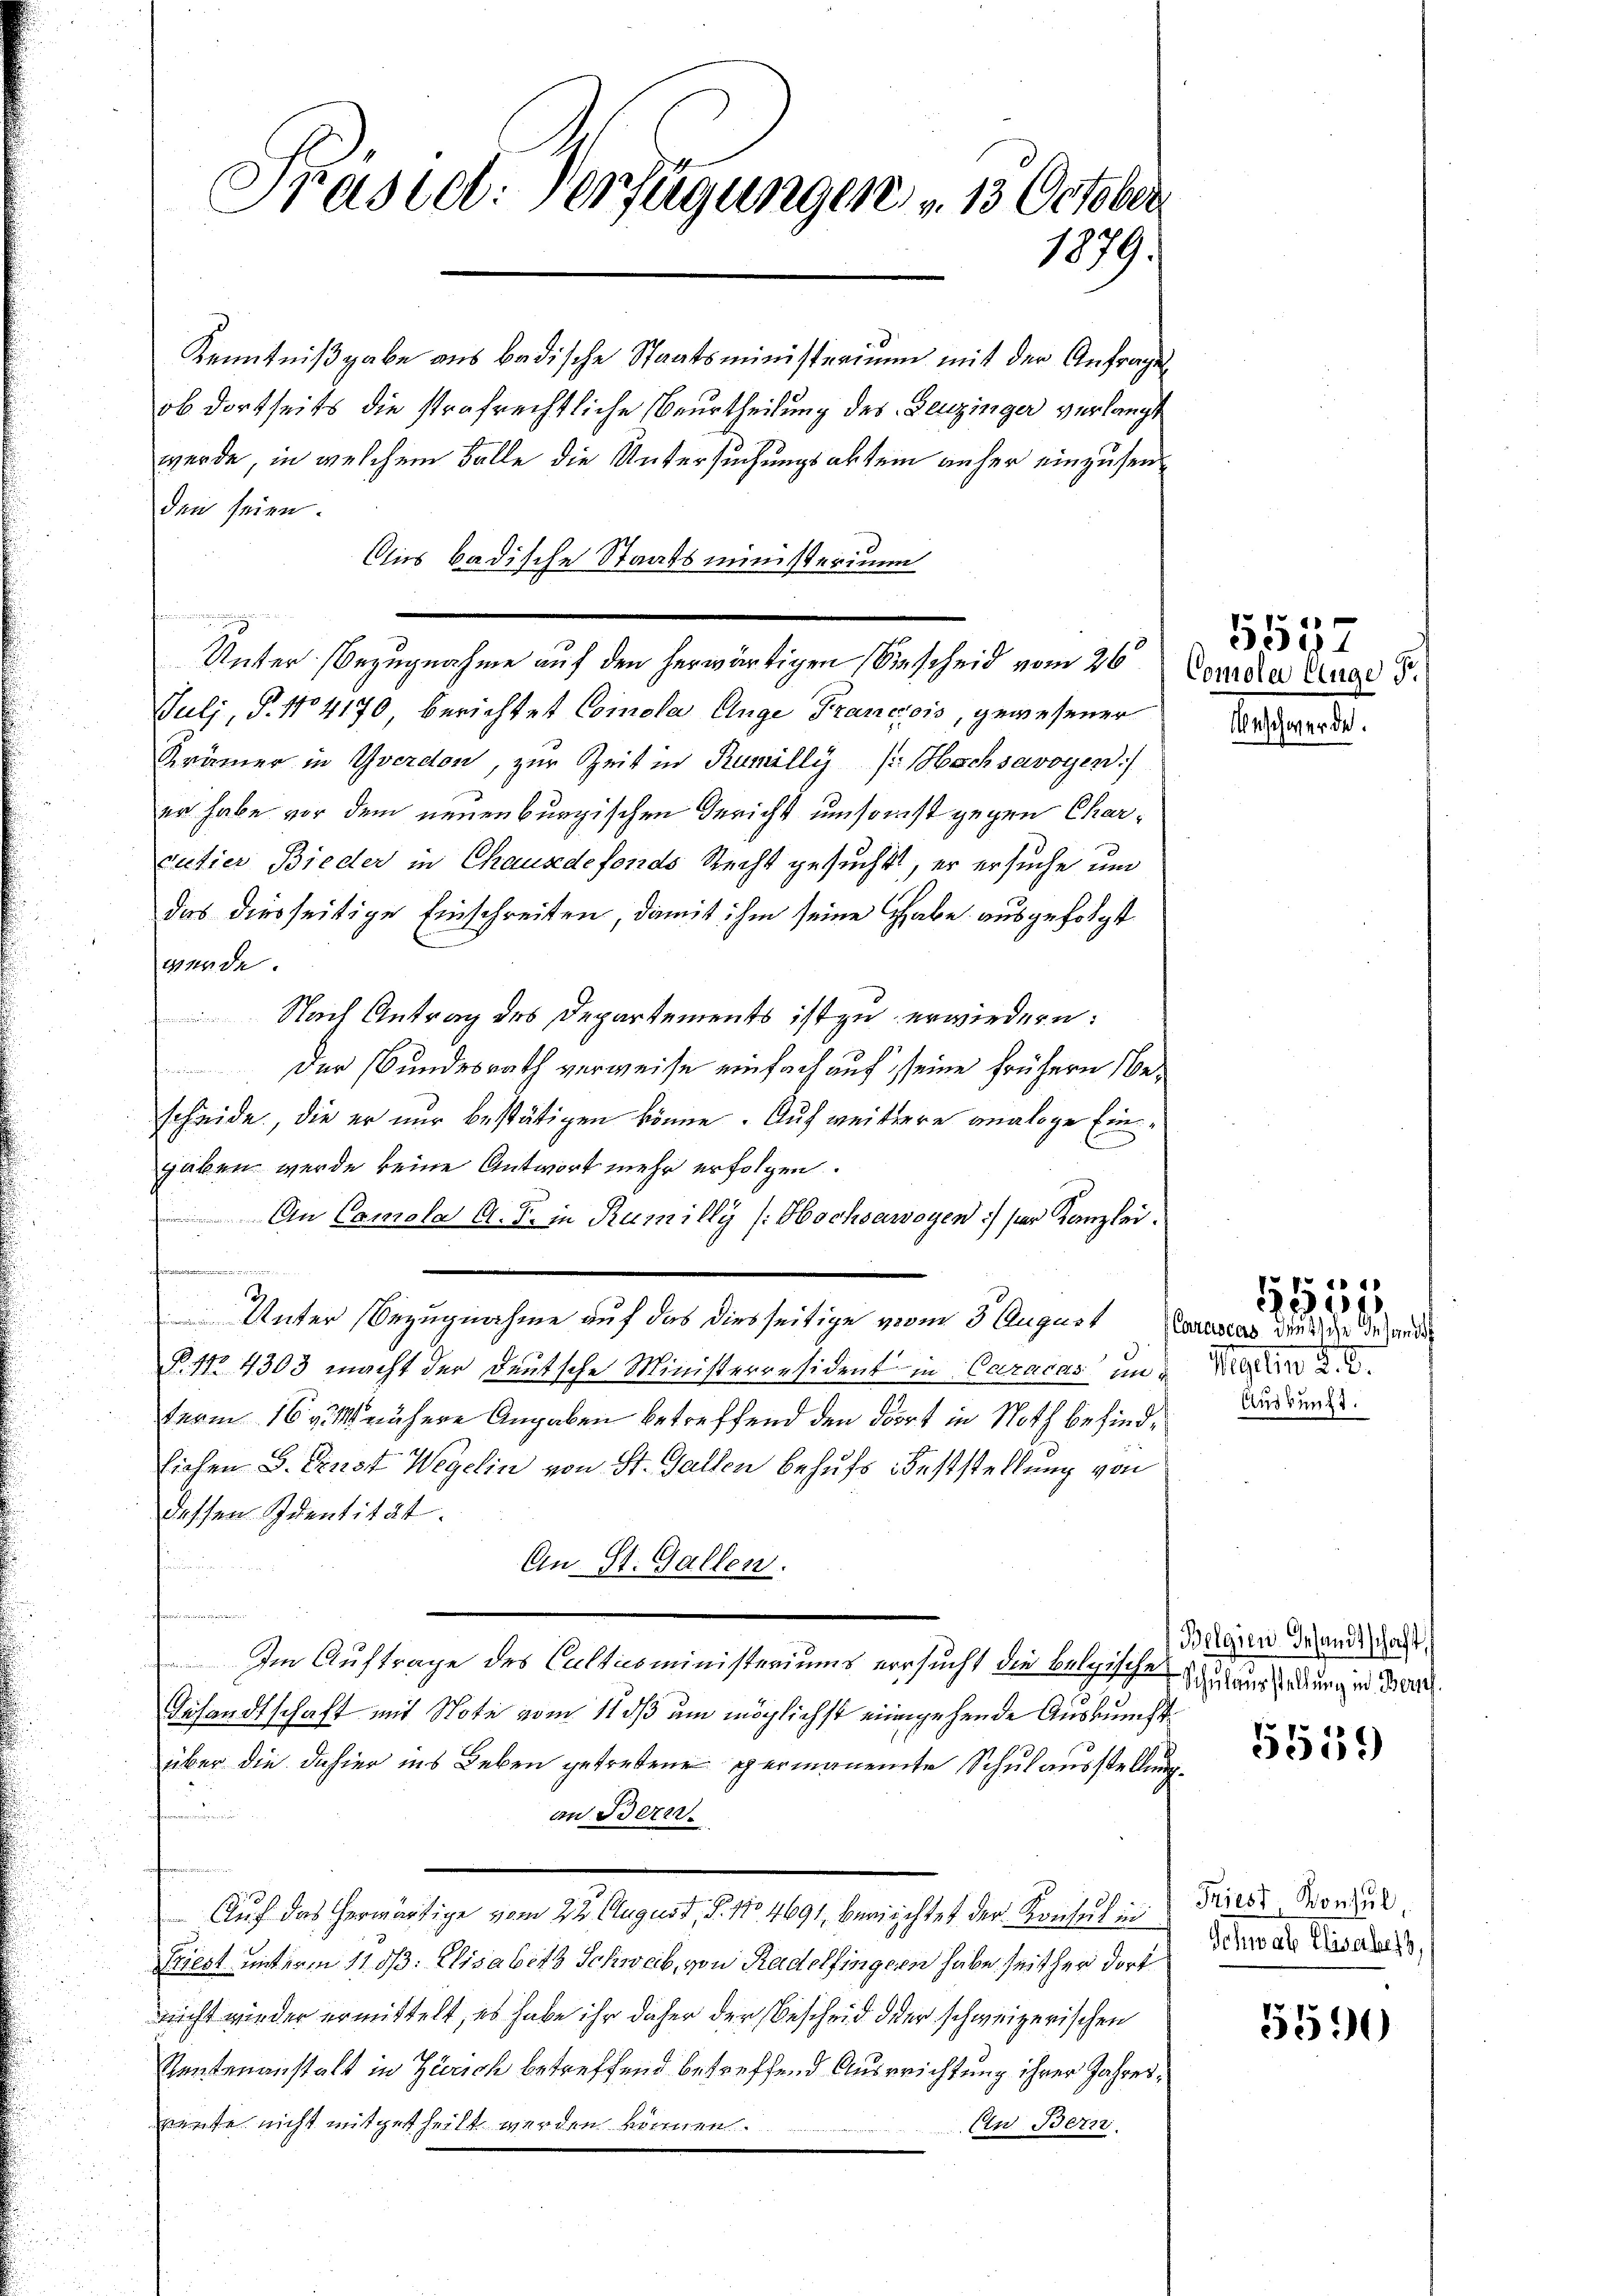
Prästet. Verfügungen u. 13. October
1879.

Kenntnißgabe aus badische Staatsministerium mit der Anfrages
ob dortseits die strafrechtliche Beurtheilung des Deuzinger verlangt
werde, in welchem Falle die Untersuchungsabtein anher einzusenden seien.
Aus badische Staatsministerium
Unter Bezugnahme auf den herwärtigen Siescheid vom 26. Cerede Auge 5.
Julj, P. No 4170 berichtet Comola Auge Francois, gewesener
Krämer in Yverdon, zur Zeit in Rumilly (schsavoyen
er habe vor dem neuenburgischen Gericht umsonst gegen Charrutier Bieder in Chausdefonds Recht gesucht, er ersuche um
das diesseitige Einschreiten, damit ihm seine habe ausgefolgt
werde.

Nach Antrag des Departements ist zu erwiedern:
Der Bundesrath verweise einfach auf seine frühern Bescheide, die er nur bestätigen könne. Auf weiterre analoge Eingaben werde keine Antwort mehr erfolgen.
An Comola A. F. in Rumilly (: Hochsawogen :/ der Kanzlei.
e
d
Unter Bezugnahme auf das diesseitige vom 3 August das du sie de lau
B. 4. 4303 macht der Deutsche Ministerresident in Caracas in d
term 16 v. M. nähere Angaben betreffend den dort in Noth befindlichen B. Ernst Wegelin von St. Gallen behufs Feststellung von
dessen Identität.
An St. Gallen.
Im Auftrage des Culticoministeriums versucht die belgische zu aus soldung in der
Desandtschaft mit Note vom 11 dß um möglichst eingehende Auskuncht
über die dahier ins Leben getretene permanente Schulausstellung
an Bern.
Auf das herwärtige vom 22 August, 5. No 4691, Berichtet der Konsul in
Priest unterm 11. ds. Elisabeth Schwab, von Radelfingern habe seither dort
nicht wieder ermittelt, es habe ihr daher der Bescheid oder schweizerischen
Sentenanstalt in Zürich betreffend betreffend Ausrichtung ihrer Jahresneute nicht mitgetheilt werden können.
An Bern.

d

557

t

gten §. 8.
Auskunft.

chwerde.

4
130

Belgien Gesandtschaft,

5519

Triest Konsul,
Schwere Elisabet,

3590